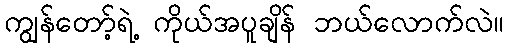
ကျွန်တော့်ရဲ့ ကိုယ်အပူချိန် ဘယ်လောက်လဲ။